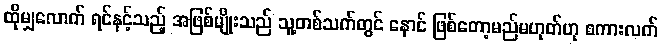
ထိုမျှလောက် ရင်နင့်သည့် အဖြစ်မျိုးသည် သူ့တစ်သက်တွင် နောင် ဖြစ်တော့မည်မဟုတ်ဟု စကားလက်